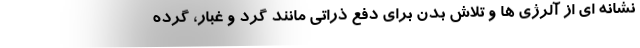
نشانه ای از آلرژی ها و تلاش بدن برای دفع ذراتی مانند گرد و غبار، گرده